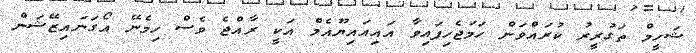
ޝަހީމް ތަގުރީރު ކުރައްވަން ހަމަޖެހިފައިވާ އައިއައިޔޫއެމް އަކީ ރާއްޖެ ވެސް ހިމެނޭ އޯގަނައިޒޭޝަން